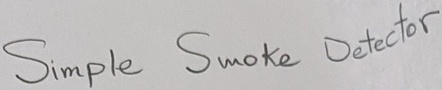
Text: Simple Smoke Detector